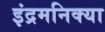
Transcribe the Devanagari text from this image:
इंद्रमनिक्या